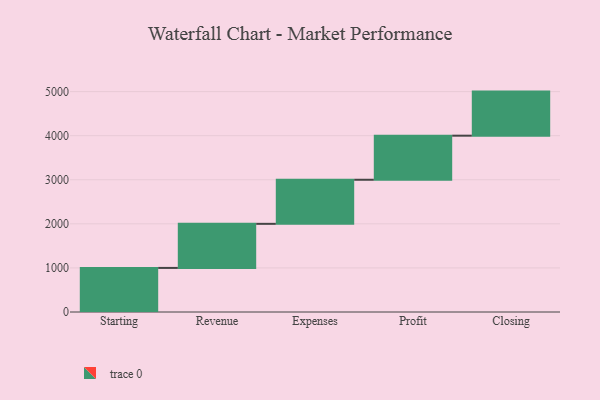
{"axis": {"x": "Step", "y": "Value"}, "legend": [""], "data": [{"x": "Starting", "y": 1000, "type": ""}, {"x": "Revenue", "y": 1000, "type": ""}, {"x": "Expenses", "y": 1000, "type": ""}, {"x": "Profit", "y": 1000, "type": ""}, {"x": "Closing", "y": 1000, "type": ""}]}